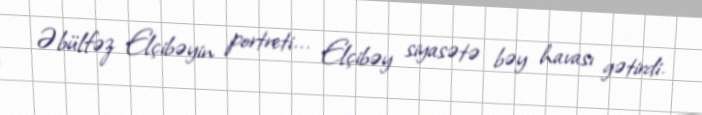
Əbülfəz Elçibəyin portreti... Elçibəy siyasətə bəy havası gətirdi.